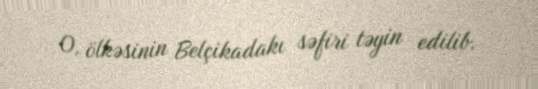
O, ölkəsinin Belçikadakı səfiri təyin edilib.